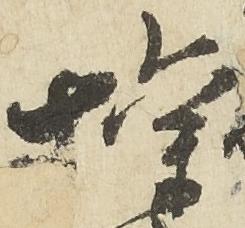
権